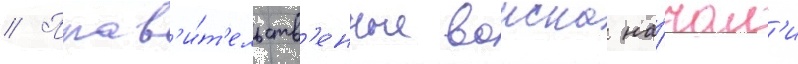
// Прав'и́т'ельств'енные воиска на́чал'и